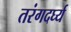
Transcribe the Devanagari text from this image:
तरंगदर्घ्य